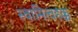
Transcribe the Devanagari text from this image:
स्वामित्वहक्क